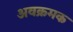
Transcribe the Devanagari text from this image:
अवक्रमक